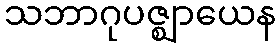
သဘာဂုပဇ္ဈာယေန